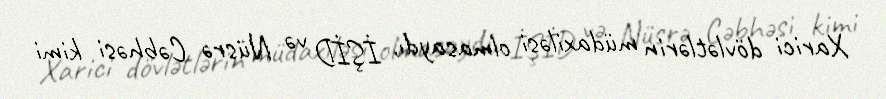
Xarici dövlətlərin müdaxiləsi olmasaydı, İŞİD və Nüsrə Cəbhəsi kimi